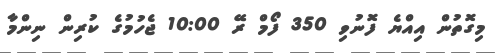
މިގޮތުން އިއްޔެ ފޮނުވި 350 ފޯމް ރޭ 10:00 ޖެހުމުގެ ކުރިން ނިންމާ